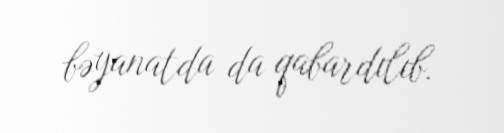
bəyanatda da qabardılıb.